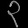
Digit: ၃